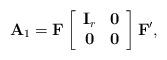
LaTeX: \begin{align*}{\bf A}_1 = {\bf F} \left[\begin{array}{cc}{\bf I}_r& {\bf 0}\\{\bf 0}& {\bf 0}\end{array}\right]{\bf F}',\end{align*}